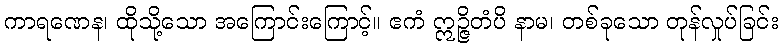
ကာရဏေန၊ ထိုသို့သော အကြောင်းကြောင့်။ ဧကံ ဣဉ္ဇိတံပိ နာမ၊ တစ်ခုသော တုန်လှုပ်ခြင်း